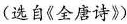
(选自《全唐诗》)